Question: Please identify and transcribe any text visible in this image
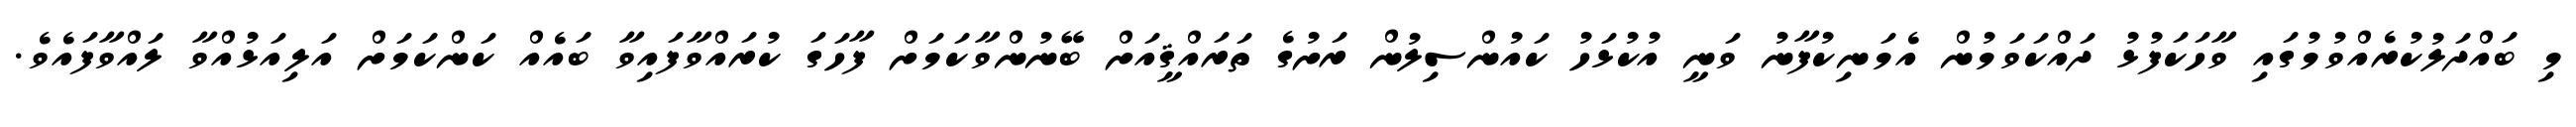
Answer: މި ބައްދަލުކުރެއްވުމުގައި ވާހަކަފުޅު ދައްކަވަމުން އެމަނިކުފާނު ވަނީ އުކުޅަހު ކައުންސިލުން ރަށުގެ ތަރައްޤީއަށް ބޭނުންވާކަމަށް ފާހަގަ ކުރައްވާފައިވާ ބައެއް ކަންކަމަށް އަލިއަޅުއްވާ ލައްވާފައެވެ.